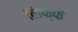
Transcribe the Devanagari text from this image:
लिफ्फे